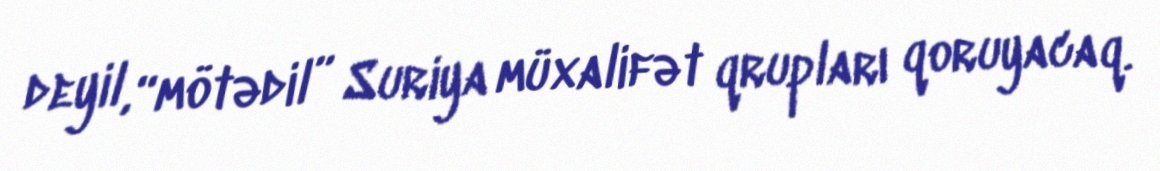
deyil, “mötədil” Suriya müxalifət qrupları qoruyacaq.